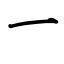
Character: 一